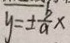
y = \pm \frac { b } { a } x